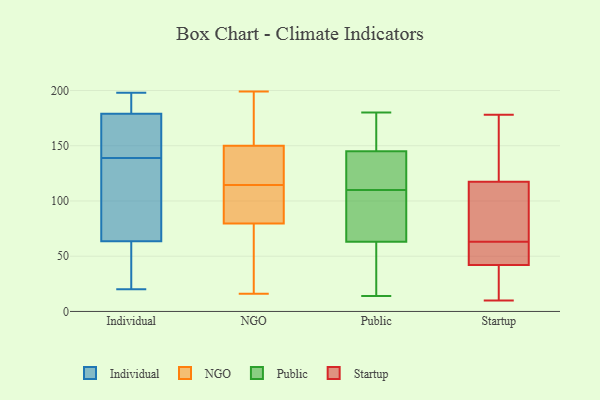
{"axis": {"x": "Customer Acquisition Cost (USD)", "y": "Value"}, "legend": ["Individual", "NGO", "Public", "Startup"], "data": [{"x": "", "y": 27, "type": "Individual"}, {"x": "", "y": 169, "type": "Individual"}, {"x": "", "y": 184, "type": "Individual"}, {"x": "", "y": 118, "type": "Individual"}, {"x": "", "y": 109, "type": "Individual"}, {"x": "", "y": 20, "type": "Individual"}, {"x": "", "y": 160, "type": "Individual"}, {"x": "", "y": 198, "type": "Individual"}, {"x": "", "y": 174, "type": "Individual"}, {"x": "", "y": 73, "type": "Individual"}, {"x": "", "y": 192, "type": "Individual"}, {"x": "", "y": 54, "type": "Individual"}, {"x": "", "y": 199, "type": "NGO"}, {"x": "", "y": 160, "type": "NGO"}, {"x": "", "y": 53, "type": "NGO"}, {"x": "", "y": 114, "type": "NGO"}, {"x": "", "y": 111, "type": "NGO"}, {"x": "", "y": 79, "type": "NGO"}, {"x": "", "y": 164, "type": "NGO"}, {"x": "", "y": 27, "type": "NGO"}, {"x": "", "y": 110, "type": "NGO"}, {"x": "", "y": 93, "type": "NGO"}, {"x": "", "y": 80, "type": "NGO"}, {"x": "", "y": 52, "type": "NGO"}, {"x": "", "y": 124, "type": "NGO"}, {"x": "", "y": 115, "type": "NGO"}, {"x": "", "y": 16, "type": "NGO"}, {"x": "", "y": 126, "type": "NGO"}, {"x": "", "y": 145, "type": "NGO"}, {"x": "", "y": 159, "type": "NGO"}, {"x": "", "y": 152, "type": "NGO"}, {"x": "", "y": 148, "type": "NGO"}, {"x": "", "y": 145, "type": "Public"}, {"x": "", "y": 139, "type": "Public"}, {"x": "", "y": 60, "type": "Public"}, {"x": "", "y": 14, "type": "Public"}, {"x": "", "y": 41, "type": "Public"}, {"x": "", "y": 115, "type": "Public"}, {"x": "", "y": 142, "type": "Public"}, {"x": "", "y": 105, "type": "Public"}, {"x": "", "y": 78, "type": "Public"}, {"x": "", "y": 180, "type": "Public"}, {"x": "", "y": 84, "type": "Public"}, {"x": "", "y": 63, "type": "Public"}, {"x": "", "y": 73, "type": "Public"}, {"x": "", "y": 156, "type": "Public"}, {"x": "", "y": 167, "type": "Public"}, {"x": "", "y": 124, "type": "Public"}, {"x": "", "y": 24, "type": "Public"}, {"x": "", "y": 175, "type": "Public"}, {"x": "", "y": 178, "type": "Startup"}, {"x": "", "y": 45, "type": "Startup"}, {"x": "", "y": 44, "type": "Startup"}, {"x": "", "y": 67, "type": "Startup"}, {"x": "", "y": 16, "type": "Startup"}, {"x": "", "y": 84, "type": "Startup"}, {"x": "", "y": 117, "type": "Startup"}, {"x": "", "y": 43, "type": "Startup"}, {"x": "", "y": 176, "type": "Startup"}, {"x": "", "y": 118, "type": "Startup"}, {"x": "", "y": 22, "type": "Startup"}, {"x": "", "y": 41, "type": "Startup"}, {"x": "", "y": 10, "type": "Startup"}, {"x": "", "y": 59, "type": "Startup"}, {"x": "", "y": 167, "type": "Startup"}, {"x": "", "y": 112, "type": "Startup"}]}